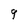
Character: q